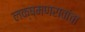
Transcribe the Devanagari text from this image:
लक्ष्मणरावांचा